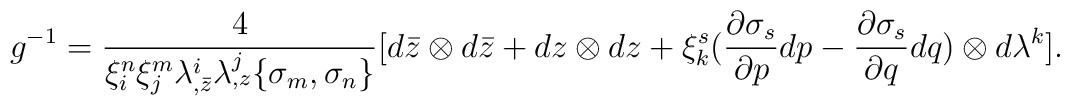
g^{-1} = {4\over \xi^n_i \xi^m_j \lambda^i_{,\bar z} \lambda^j_{,z}\{\sigma_m,\sigma_n\}} [d\bar z \otimes d\bar z + dz \otimes dz +\xi^s_k({\partial \sigma_s \over \partial p}dp -{\partial \sigma_s \over \partial q}dq) \otimes d\lambda^k].